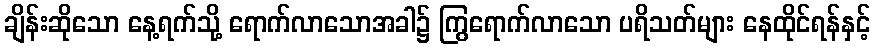
ချိန်းဆိုသော နေ့ရက်သို့ ရောက်လာသောအခါ၌ ကြွရောက်လာသော ပရိသတ်များ နေထိုင်ရန်နှင့်